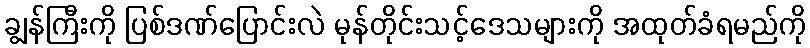
ချွန်ကြီးကို ပြစ်ဒဏ်ပြောင်းလဲ မုန်တိုင်းသင့်ဒေသများကို အထုတ်ခံရမည်ကို